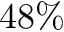
4 8 \%